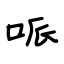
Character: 哌